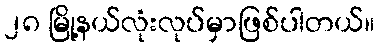
၂၈ မြို့နယ်လုံးလုပ်မှာဖြစ်ပါတယ်။